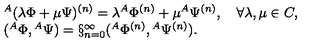
\begin{array} { l } { { } ^ { A } ( \lambda \Phi + \mu \Psi ) ^ { ( n ) } = \lambda { } ^ { A } \Phi ^ { ( n ) } + \mu { } ^ { A } \Psi ^ { ( n ) } , \quad \forall \lambda , \mu \in C , } \\ { ( { } ^ { A } \Phi , { } ^ { A } \Psi ) = \S _ { n = 0 } ^ { \infty } ( { } ^ { A } \Phi ^ { ( n ) } , { } ^ { A } \Psi ^ { ( n ) } ) . } \\ \end{array}